Vaccination in Bombay 1856-1862 - 1856-1862
Year: 1856
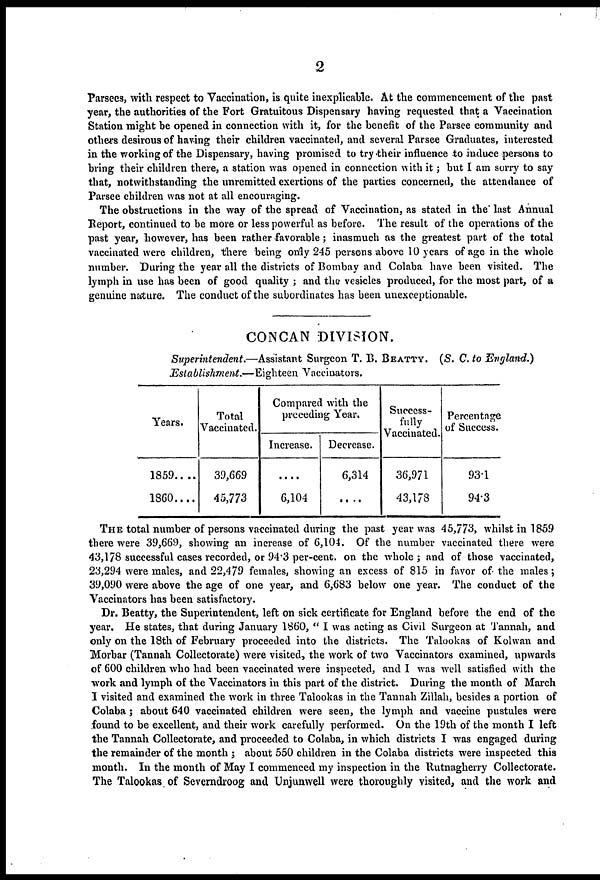
2
Parsees, with respect to Vaccination, is quite inexplicable. At the commencement of the past
year, the authorities of the Fort Gratuitous Dispensary having requested that a Vaccination
Station might be opened in connection with it, for the benefit of the Parsee community and
others desirous of having their children vaccinated, and several Parsee Graduates, interested
in the working of the Dispensary, having promised to try their influence to induce persons to
bring their children there, a station was opened in connection with it; but I am sorry to say
that, notwithstanding the unremitted exertions of the parties concerned, the attendance of
Parsee children was not at all encouraging.
The obstructions in the way of the spread of Vaccination, as stated in the' last Annual
Report, continued to be more or less powerful as before. The result of the operations of the
past year, however, has been rather favorable; inasmuch as the greatest part of the total
vaccinated were children, there being only 245 persons above 10 years of age in the whole
number. During the year all the districts of Bombay and Colaba have been visited. The
lymph in use has been of good quality ; and the vesicles produced, for the most part, of a
genuine nature. The conduct of the subordinates has been unexceptionable.
CONCAN DIVISION.
Superintendent.—Assistant Surgeon T. B. BEATTY. (S. C. to England.)
Establishment.—Eighteen Vaccinators.
Years.
1859 . . . .
1860 . . . .
Total
Vaccinated.
39,669
45,773
Compared with the
preceding Year.
Increase.
....
6,104
Decrease.
6,314
....
Success-
fully
Vaccinated.
36,971
43,178
Percentage
of Success.
93.1
94.3
THE total number of persons vaccinated during the past year was 45,773, whilst in 1859
there were 39,669, showing an increase of 6,104. Of the number vaccinated there were
43,178 successful cases recorded, or 94.3 per-cent. on the whole; and of those vaccinated,
23,294 were males, and 22,479 females, showing an excess of 815 in favor of the males;
39,090 were above the age of one year, and 6,683 below one year. The conduct of the
Vaccinators has been satisfactory.
Dr. Beatty, the Superintendent, left on sick certificate for England before the end of the
year. He states, that during January 1860, " I was acting as Civil Surgeon at Tannah, and
only on the 18th of February proceeded into the districts. The Talookas of Kolwan and
Morbar (Tannah Collectorate) were visited, the work of two Vaccinators examined, upwards
of 600 children who had been vaccinated were inspected, and I was well satisfied with the
work and lymph of the Vaccinators in this part of the district. During the month of March
I visited and examined the work in three Talookas in the Tannah Zillah, besides a portion of
Colaba; about 640 vaccinated children were seen, the lymph and vaccine pustules were
found to be excellent, and their work carefully performed. On the 19th of the month I left
the Tannah Collectorate, and proceeded to Colaba, in which districts I was engaged during
the remainder of the month ; about 550 children in the Colaba districts were inspected this
month. In the month of May I commenced my inspection in the Rutnagherry Collectorate.
The Talookas of Severndroog and Unjunwell were thoroughly visited, and the work and